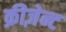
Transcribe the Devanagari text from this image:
क्रीज़ेन्ट